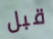
قبل